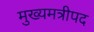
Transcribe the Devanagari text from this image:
मुख्यमत्रीपद